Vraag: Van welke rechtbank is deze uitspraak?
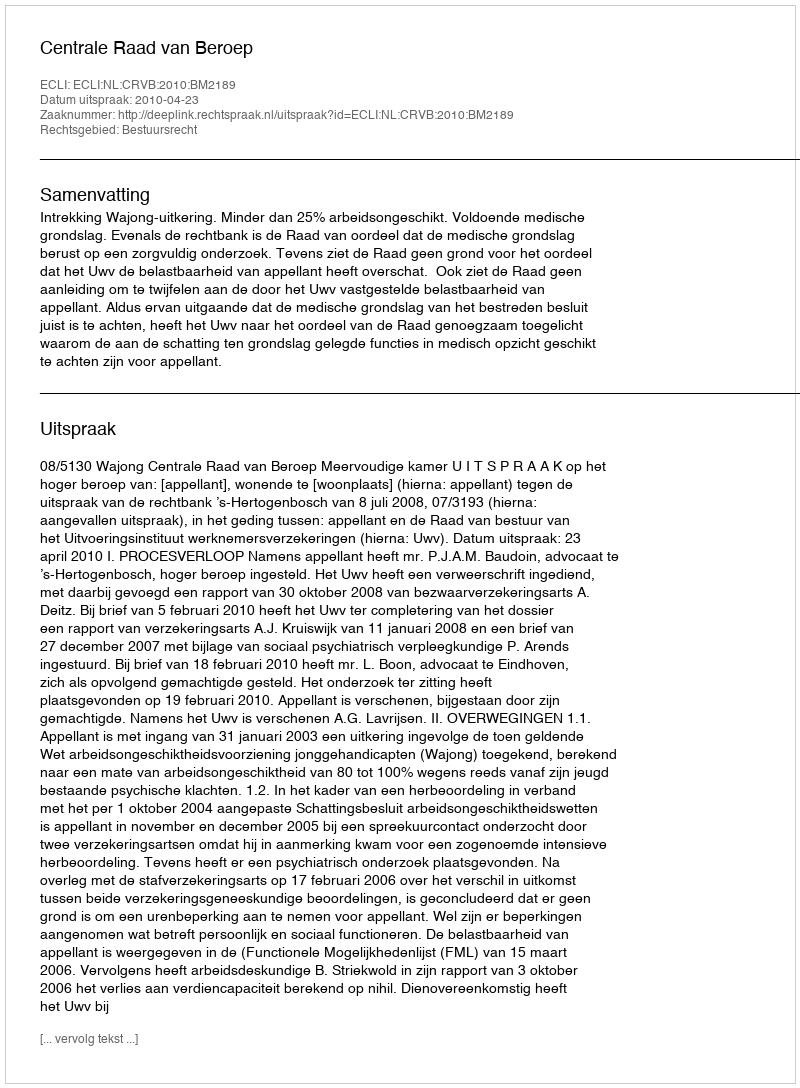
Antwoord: Centrale Raad van Beroep